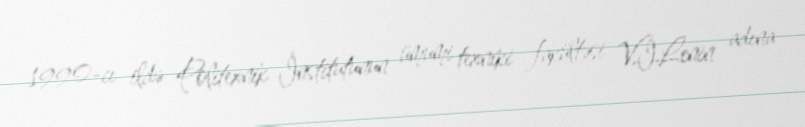
1990-cı ildə Politexnik İnstitutunun ümumi texniki fakültəsi V.I.Lenin adına